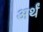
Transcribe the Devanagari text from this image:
अर्थं